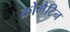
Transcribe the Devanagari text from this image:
क्रोमैटिन